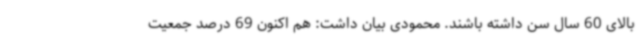
بالای 60 سال سن داشته باشند. محمودی بیان داشت: هم اکنون 69 درصد جمعیت